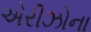
એરીઝોના